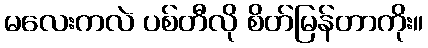
မလေးကလဲ ပစ်တီလို စိတ်မြန်တာကိုး။